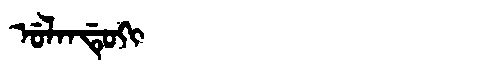
Manchu: ᡠᠯᠠᠨᡩᡠᡴᡳ
Romanization: ULANDUKI